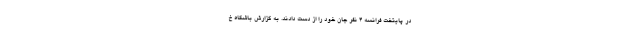
در پایتخت فرانسه ۴ نفر جان خود را از دست دادند. به گزارش باشگاه خ